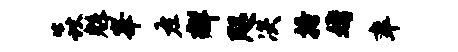
焱魁峰左群咫决搔婚率